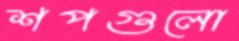
শপগুলো